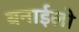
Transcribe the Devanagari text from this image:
बनाईलो